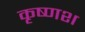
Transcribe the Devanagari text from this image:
कृष्णश